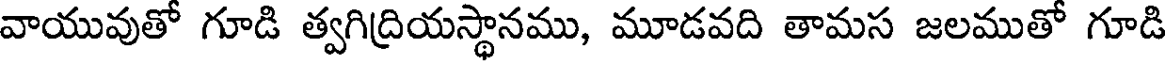
వాయువుతో గూడి త్వగిద్రియస్థానము, మూడవది తామస జలముతో గూడి